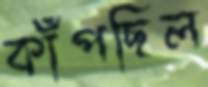
কাঁপছিল